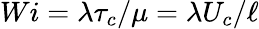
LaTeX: Wi=\lambda\tau_{c}/\mu=\lambda U_{c}/\ell